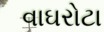
વાઘરોટા